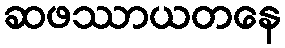
ဆဖဿာယတနေ